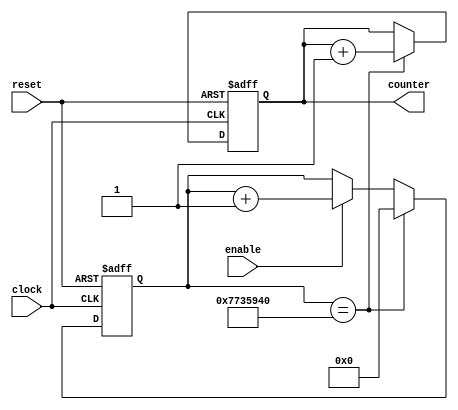
`timescale 1ns / 1ps
//////////////////////////////////////////////////////////////////////////////////
// Company: 
// Engineer: 
// 
// Design Name: 
// Module Name: counter
// Project Name: 
// Target Devices: 
// Tool Versions: 
// Description: 
// 
// Dependencies: 
// 
// Revision:
// Revision 0.01 - File Created
// Additional Comments:
// 
//////////////////////////////////////////////////////////////////////////////////


module counter(
    input clock,
    input reset,
    input enable,
    output reg [3:0] counter

    );
    
      parameter HZPCOUNT = 125000000;
      
      reg [31:0] hzpcounter;
      wire hzpulse;
      
      always@(posedge clock or posedge reset)
      begin
        if(reset) hzpcounter <= 0;
        else if (hzpulse)  hzpcounter <= 0;
        else if(enable) hzpcounter <= hzpcounter + 1;
        else hzpcounter <= hzpcounter;
        
      end 
      
      assign hzpulse = (hzpcounter == HZPCOUNT);
    
      always@(posedge clock or posedge reset)
      begin
        if(reset) counter <= 0;
        else if(hzpulse) counter <= counter + 1;
        else counter <= counter;
      end 
      
      
endmodule